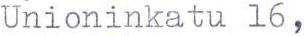
Unioninkatu 16,